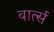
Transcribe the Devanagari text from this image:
बार्त्स